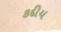
કદીય